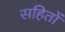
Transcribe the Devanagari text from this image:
सहितों